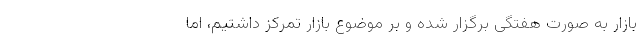
بازار به صورت هفتگی برگزار شده و بر موضوع بازار تمرکز داشتیم، اما